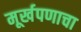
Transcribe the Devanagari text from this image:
मूर्खपणाचा